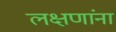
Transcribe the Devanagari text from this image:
लक्षणांना